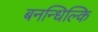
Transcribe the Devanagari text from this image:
बनन्धिल्कि